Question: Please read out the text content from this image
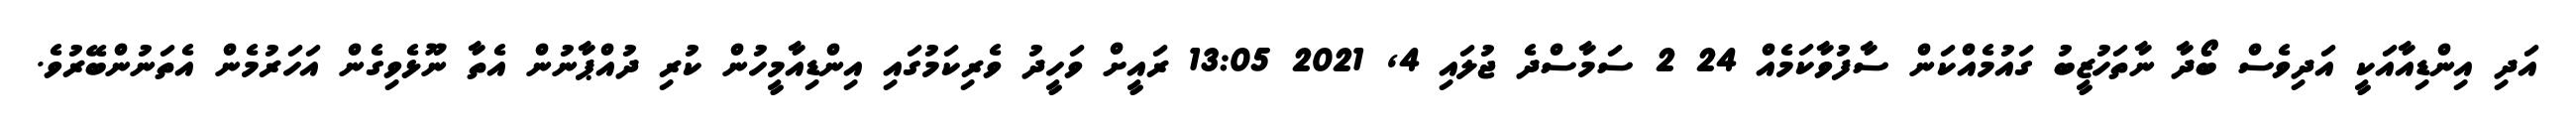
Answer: އަދި އިންޑިއާއަކީ އަދިވެސް ބޯދާ ނާތަހުޒީބު ގައުމެއްކަން ސާފުވާކަމެއް 24 2 ސަމާސްދެ ޖުލައި 4, 2021 13:05 ރައީށް ވަހީދު ވެރިކަމުގައި އިންޑިއާމީހުން ކުރި ދުއްޕާނުން އެތާ ނޫޅެވިގެން އަހަރުމެން އެތަނުންބޭރުވެ.